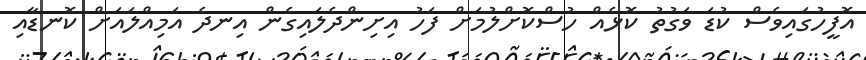
އޮފީހުގައިވެސް ކުޑަ ވަގުތު ކޮޅެއް ހުސްކޮށްލުމަށް ފަހު އިށިންދެލައިގެން އިނދެ އަމިއްލައަށް ކޮނޑާއި